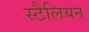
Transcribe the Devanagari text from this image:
स्टैलियन